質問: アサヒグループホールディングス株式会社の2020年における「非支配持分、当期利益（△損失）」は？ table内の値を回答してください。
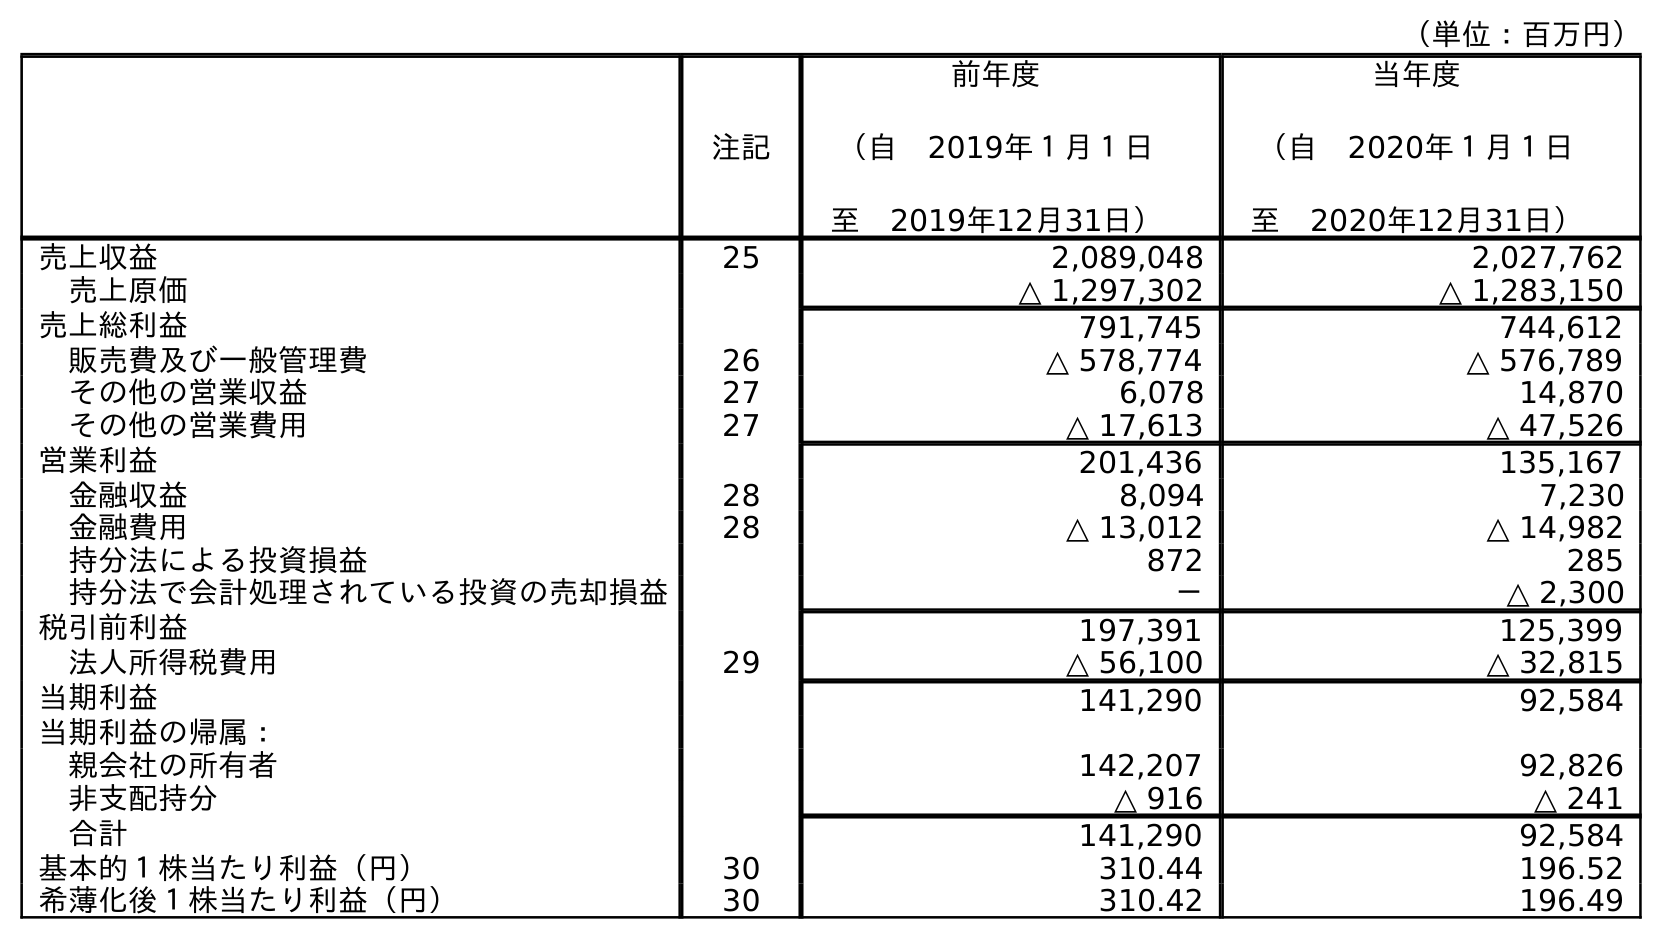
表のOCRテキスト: （単位：百万円） 注記 前年度 （自 2019年１月１日 至 2019年12月31日） 当年度 （自 2020年１月１日 至 2020年12月31日） 売上収益 25 2,089,048 2,027,762 売上原価 △ 1,297,302 △ 1,283,150 売上総利益 791,745 744,612 販売費及び一般管理費 26 △ 578,774 △ 576,789 その他の営業収益 27 6,078 14,870 その他の営業費用 27 △ 17,613 △ 47,526 営業利益 201,436 135,167 金融収益 28 8,094 7,230 金融費用 28 △ 13,012 △ 14,982 持分法による投資損益 872 285 持分法で会計処理されている投資の売却損益 － △ 2,300 税引前利益 197,391 125,399 法人所得税費用 29 △ 56,100 △ 32,815 当期利益 141,290 92,584 当期利益の帰属： 親会社の所有者 142,207 92,826 非支配持分 △ 916 △ 241 合計 141,290 92,584 基本的１株当たり利益（円） 30 310.44 196.52 希薄化後１株当たり利益（円） 30 310.42 196.49
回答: △241